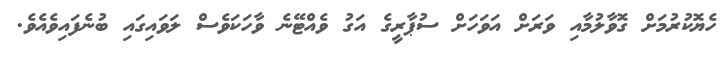
ހެޔޮކުރުމަށް ގޮވާލުމާއި ވަރަށް އަވަހަށް ސުޕާރީގެ އަގު ވެއްޓޭނެ ވާހަކަވެސް ލަވައިގައި ބުނެފައިވެއެވެ.